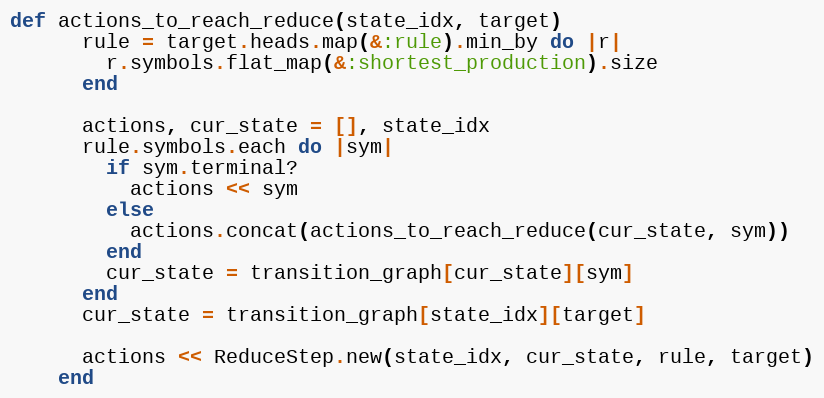
Language: Ruby
def actions_to_reach_reduce(state_idx, target)
      rule = target.heads.map(&:rule).min_by do |r|
        r.symbols.flat_map(&:shortest_production).size
      end

      actions, cur_state = [], state_idx
      rule.symbols.each do |sym|
        if sym.terminal?
          actions << sym
        else
          actions.concat(actions_to_reach_reduce(cur_state, sym))
        end
        cur_state = transition_graph[cur_state][sym]
      end
      cur_state = transition_graph[state_idx][target]

      actions << ReduceStep.new(state_idx, cur_state, rule, target)
    end